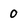
Character: 0